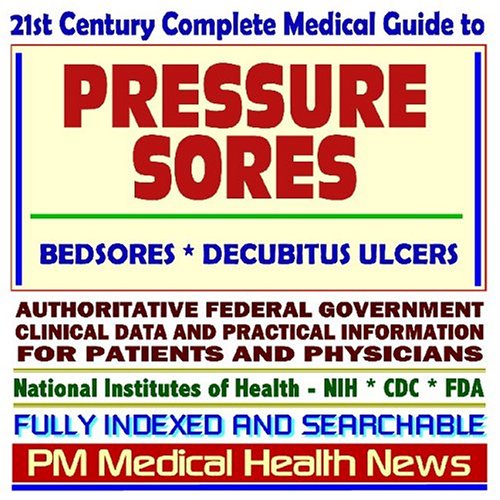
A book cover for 21st Century Complete Medical Guide to Pressure Sores, Bedsores, Decubitus Ulcers, Authoritative Government Documents, Clinical References, and ... for Patients and Physicians (CD-ROM); PM Medical Health News; Health, Fitness & Dieting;